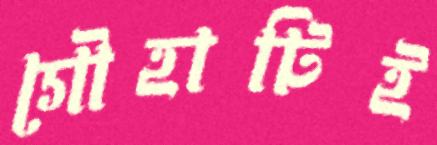
গৌহাটিই